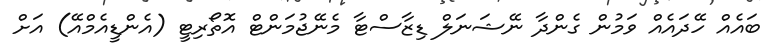
ބައެއް ހޭދައެއް ވަމުން ގެންދާ ނޭޝަނަލް ޑިޒާސްޓާ މެނޭޖުމަންޓް އޮތޯރިޓީ (އެންޑީއެމްއޭ) އަށް